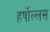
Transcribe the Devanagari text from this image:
हर्षोल्लस